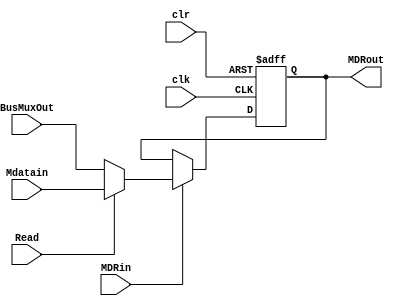
// `include "Modules/mux21_32bit.v"
// `include "Modules/dff_32bit.v"

module MDR (input Read, clr, clk, MDRin, input [31: 0]BusMuxOut, Mdatain, output reg [31:0] MDRout);


	reg [31:0]MDMuxOut;

    // multiplexer logic
	 //mux21_32_bit myMuxyMux(BusMuxOut, Mdatain, Read, MDMuxOut);
	  always @(BusMuxOut,Mdatain,Read)
    begin
    if(Read)
        MDMuxOut=Mdatain;
    else
        MDMuxOut=BusMuxOut;
    end    
	 
	 
    // flip flop logic
    //dff_32_bit myDff (clk, clr, MDRin, MDMuxOut, MDRout);
		 always@(posedge clk or negedge clr)
    begin
            if(clr == 0) MDRout <= 00000000000000000000000000000000; //32 zeros
            else if(MDRin) MDRout <= MDMuxOut;
    end	
	 
    // multiplexer logic
    // for(i = 0; i < 32; i = i+1)
    //     begin
    //         mux21 m (BusMuxOut[i], Mdatain[i], Read, MDMuxOut[i]);
    //     end
    // end
    // mux21 m0 (BusMuxOut[0], Mdatain[0], Read, MDMuxOut[0]);
    // mux21 m1 (BusMuxOut[1], Mdatain[1], Read, MDMuxOut[1]);
    // mux21 m2 (BusMuxOut[2], Mdatain[2], Read, MDMuxOut[2]);
    // mux21 m3 (BusMuxOut[3], Mdatain[3], Read, MDMuxOut[3]);
    // mux21 m4 (BusMuxOut[4], Mdatain[4], Read, MDMuxOut[4]);
    // mux21 m5 (BusMuxOut[5], Mdatain[5], Read, MDMuxOut[5]);
    // mux21 m6 (BusMuxOut[6], Mdatain[6], Read, MDMuxOut[6]);
    // mux21 m7 (BusMuxOut[7], Mdatain[7], Read, MDMuxOut[7]);
    // mux21 m8 (BusMuxOut[8], Mdatain[8], Read, MDMuxOut[8]);
    // mux21 m9 (BusMuxOut[9], Mdatain[9], Read, MDMuxOut[9]);
    // mux21 m10 (BusMuxOut[10], Mdatain[10], Read, MDMuxOut[10]);
    // mux21 m11 (BusMuxOut[11], Mdatain[11], Read, MDMuxOut[11]);
    // mux21 m12 (BusMuxOut[12], Mdatain[12], Read, MDMuxOut[12]);
    // mux21 m13 (BusMuxOut[13], Mdatain[13], Read, MDMuxOut[13]);
    // mux21 m14 (BusMuxOut[14], Mdatain[14], Read, MDMuxOut[14]);
    // mux21 m15 (BusMuxOut[15], Mdatain[15], Read, MDMuxOut[15]);
    // mux21 m16 (BusMuxOut[16], Mdatain[16], Read, MDMuxOut[16]);
    // mux21 m17 (BusMuxOut[17], Mdatain[17], Read, MDMuxOut[17]);
    // mux21 m18 (BusMuxOut[18], Mdatain[18], Read, MDMuxOut[18]);
    // mux21 m19 (BusMuxOut[19], Mdatain[19], Read, MDMuxOut[19]);
    // mux21 m20 (BusMuxOut[20], Mdatain[20], Read, MDMuxOut[20]);
    // mux21 m21 (BusMuxOut[21], Mdatain[21], Read, MDMuxOut[21]);
    // mux21 m22 (BusMuxOut[22], Mdatain[22], Read, MDMuxOut[22]);
    // mux21 m23 (BusMuxOut[23], Mdatain[23], Read, MDMuxOut[23]);
    // mux21 m24 (BusMuxOut[24], Mdatain[24], Read, MDMuxOut[24]);
    // mux21 m25 (BusMuxOut[25], Mdatain[25], Read, MDMuxOut[25]);
    // mux21 m26 (BusMuxOut[26], Mdatain[26], Read, MDMuxOut[26]);
    // mux21 m27 (BusMuxOut[27], Mdatain[27], Read, MDMuxOut[27]);
    // mux21 m28 (BusMuxOut[28], Mdatain[28], Read, MDMuxOut[28]);
    // mux21 m29 (BusMuxOut[29], Mdatain[29], Read, MDMuxOut[29]);
    // mux21 m30 (BusMuxOut[30], Mdatain[30], Read, MDMuxOut[30]);
    // mux21 m31 (BusMuxOut[31], Mdatain[31], Read, MDMuxOut[31]);

    // flip flop logic
    // dff d0 (clr, clk, MDRin, MDMuxOut[0], MDRout[0]);
    // dff d1 (clr, clk, MDRin, MDMuxOut[1], MDRout[1]);
    // dff d2 (clr, clk, MDRin, MDMuxOut[2], MDRout[2]);
    // dff d3 (clr, clk, MDRin, MDMuxOut[3], MDRout[3]);
    // dff d4 (clr, clk, MDRin, MDMuxOut[4], MDRout[4]);
    // dff d5 (clr, clk, MDRin, MDMuxOut[5], MDRout[5]);
    // dff d6 (clr, clk, MDRin, MDMuxOut[6], MDRout[6]);
    // dff d7 (clr, clk, MDRin, MDMuxOut[7], MDRout[7]);
    // dff d8 (clr, clk, MDRin, MDMuxOut[8], MDRout[8]);
    // dff d9 (clr, clk, MDRin, MDMuxOut[9], MDRout[9]);
    // dff d10 (clr, clk, MDRin, MDMuxOut[10], MDRout[10]);
    // dff d11 (clr, clk, MDRin, MDMuxOut[11], MDRout[11]);
    // dff d12 (clr, clk, MDRin, MDMuxOut[12], MDRout[12]);
    // dff d13 (clr, clk, MDRin, MDMuxOut[13], MDRout[13]);
    // dff d14 (clr, clk, MDRin, MDMuxOut[14], MDRout[14]);
    // dff d15 (clr, clk, MDRin, MDMuxOut[15], MDRout[15]);
    // dff d16 (clr, clk, MDRin, MDMuxOut[16], MDRout[16]);
    // dff d17 (clr, clk, MDRin, MDMuxOut[17], MDRout[17]);
    // dff d18 (clr, clk, MDRin, MDMuxOut[18], MDRout[18]);
    // dff d19 (clr, clk, MDRin, MDMuxOut[19], MDRout[19]);
    // dff d20 (clr, clk, MDRin, MDMuxOut[20], MDRout[20]);
    // dff d21 (clr, clk, MDRin, MDMuxOut[21], MDRout[21]);
    // dff d22 (clr, clk, MDRin, MDMuxOut[22], MDRout[22]);
    // dff d23 (clr, clk, MDRin, MDMuxOut[23], MDRout[23]);
    // dff d24 (clr, clk, MDRin, MDMuxOut[24], MDRout[24]);
    // dff d25 (clr, clk, MDRin, MDMuxOut[25], MDRout[25]);
    // dff d26 (clr, clk, MDRin, MDMuxOut[26], MDRout[26]);
    // dff d27 (clr, clk, MDRin, MDMuxOut[27], MDRout[27]);
    // dff d28 (clr, clk, MDRin, MDMuxOut[28], MDRout[28]);
    // dff d29 (clr, clk, MDRin, MDMuxOut[29], MDRout[29]);
    // dff d30 (clr, clk, MDRin, MDMuxOut[30], MDRout[30]);
    // dff d31 (clr, clk, MDRin, MDMuxOut[31], MDRout[31]);

endmodule